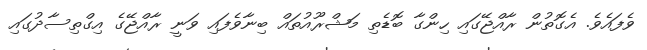
ވެފައެވެ. އެގޮތުން ރާއްޖޭގައި ހިންގާ ބޮޑެތި މަޝްރޫއުތައް ބިނާވެފައި ވަނީ ރާއްޖޭގެ އިގްތިސާދުގައި